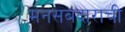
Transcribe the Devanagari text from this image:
मनसबदाराची